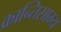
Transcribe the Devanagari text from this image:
क्रान्तिसाम्य